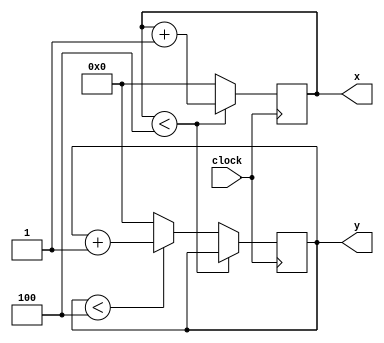
module draw(clock, x, y);
	input clock;
	output reg [3:0] x;
	output reg [3:0] y;
	
	always @(posedge clock)
		begin
			if (x < 4'b0100)
				x <= x + 1'b1;
			else if (y < 4'b0100)
				begin
				x <= 1'b0;
				y <= y + 1'b1;
				end
			else
				begin
				x <= 1'b0;
				y <= 1'b0;
				end
		end
endmodule